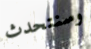
وسنتحدث